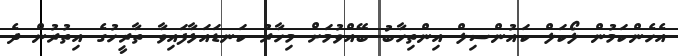
އެހެންކަމުން ލޯކަލް ކައުންސިލް އިންތިހާބު ބޭއްވުމަށް މިހާރު ކަނޑައަޅާފައިވާ ތާރީހުގެ އިތުރުން ދެ